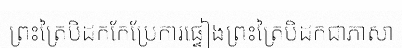
ព្រះត្រៃបិដកកែប្រែការផ្ទៀងព្រះត្រៃបិដកជាភាសា